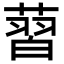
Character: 𦸚